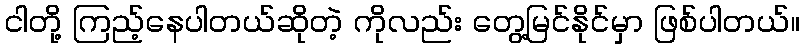
ငါတို့ ကြည့်နေပါတယ်ဆိုတဲ့ ကိုလည်း တွေ့မြင်နိုင်မှာ ဖြစ်ပါတယ်။